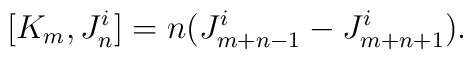
[K_{m}, J^i_{n}] = n (J^i_{m + n-1} - J^i_{m +n + 1}).